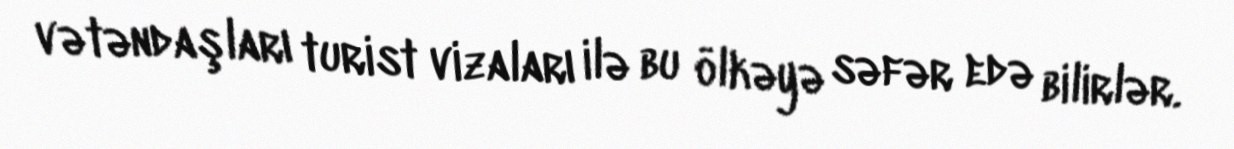
vətəndaşları turist vizaları ilə bu ölkəyə səfər edə bilirlər.